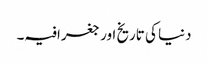
دنیا کی تاریخ اور جغرافیہ۔